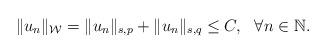
LaTeX: \begin{align*}\Vert u_n \Vert_{\mathcal{W}} = \Vert u_n \Vert_{s,p} + \Vert u_n \Vert_{s,q} \leq C, \ \ \forall n \in \mathbb{N}.\end{align*}